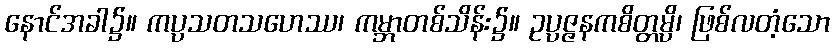
နောင်အခါ၌။ ကပ္ပသတသဟေဿ၊ ကမ္ဘာတစ်သိန်း၌။ ဥပ္ပဇ္ဇနကစိတ္တမ္ပိ၊ ဖြစ်လတံ့သော